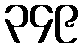
၃၄၉